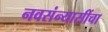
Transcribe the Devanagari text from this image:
नवसंन्यासींचा